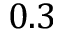
0 . 3